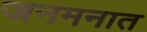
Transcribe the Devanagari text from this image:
जनमनात